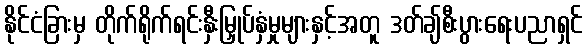
နိုင်ငံခြားမှ တိုက်ရိုက်ရင်းနှီးမြှုပ်နှံမှုများနှင့်အတူ ဒတ်ချ်စီးပွားရေးပညာရှင်